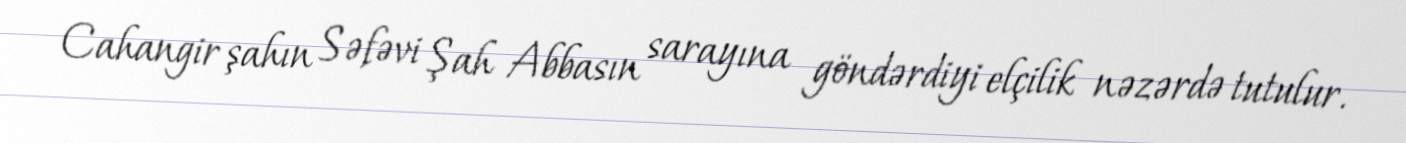
Cahangir şahın Səfəvi Şah Abbasın sarayına göndərdiyi elçilik nəzərdə tutulur.